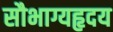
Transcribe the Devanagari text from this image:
सौभाग्यहृदय